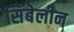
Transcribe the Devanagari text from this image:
सिंबेलीन